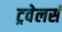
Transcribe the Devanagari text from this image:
ट्रवेलर्स